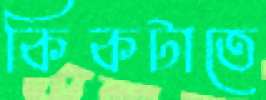
কিকটাতে